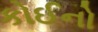
કોઈનો